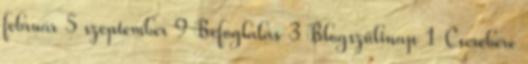
február 5 szeptember 9 Befoglalás 3 Blogszülinap 1 Cserebere